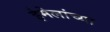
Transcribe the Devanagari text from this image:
ईमेलांच्या